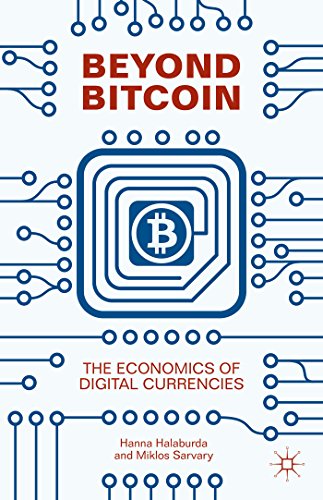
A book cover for Beyond Bitcoin: The Economics of Digital Currencies; Hanna Halaburda; Computers & Technology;